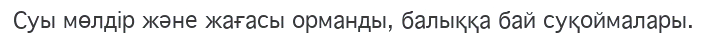
Суы мөлдір және жағасы орманды, балыққа бай суқоймалары.